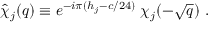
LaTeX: \hat { \chi } _ { j } ( q ) \equiv e ^ { - i \pi ( h _ { j } - c / 2 4 ) } \; \chi _ { j } ( - \sqrt { q } ) \ .